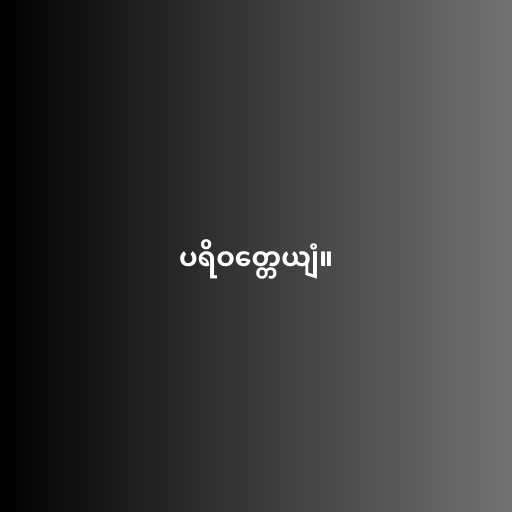
ပရိဝတ္တေယျံ။